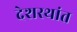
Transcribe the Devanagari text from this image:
देशस्थांत